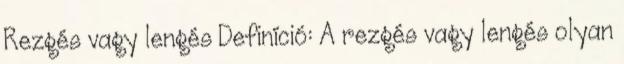
Rezgés vagy lengés Definíció: A rezgés vagy lengés olyan